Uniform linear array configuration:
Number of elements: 64
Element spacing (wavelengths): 0.75
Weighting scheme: hann
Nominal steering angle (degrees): -30
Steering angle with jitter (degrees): -31.676
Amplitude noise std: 0.05
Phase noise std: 0.05

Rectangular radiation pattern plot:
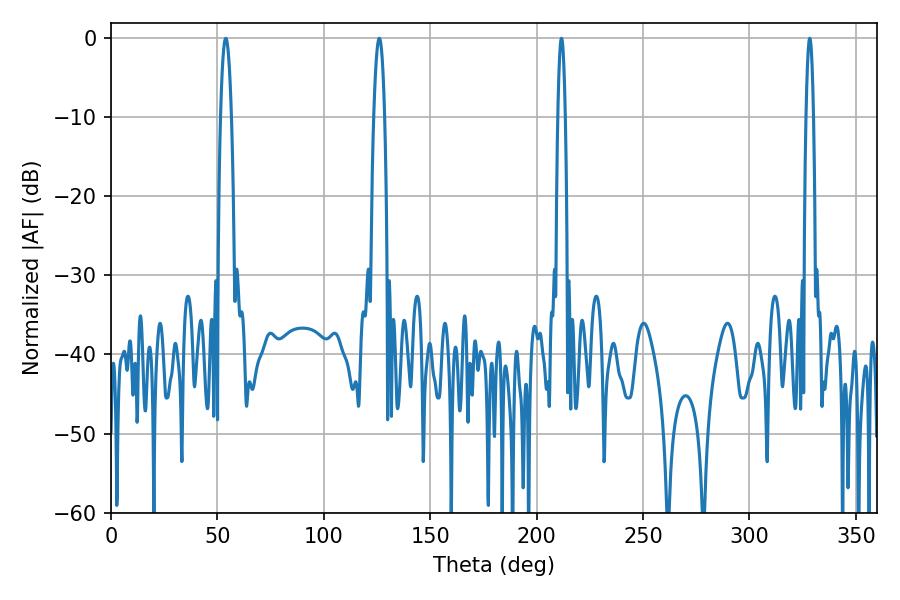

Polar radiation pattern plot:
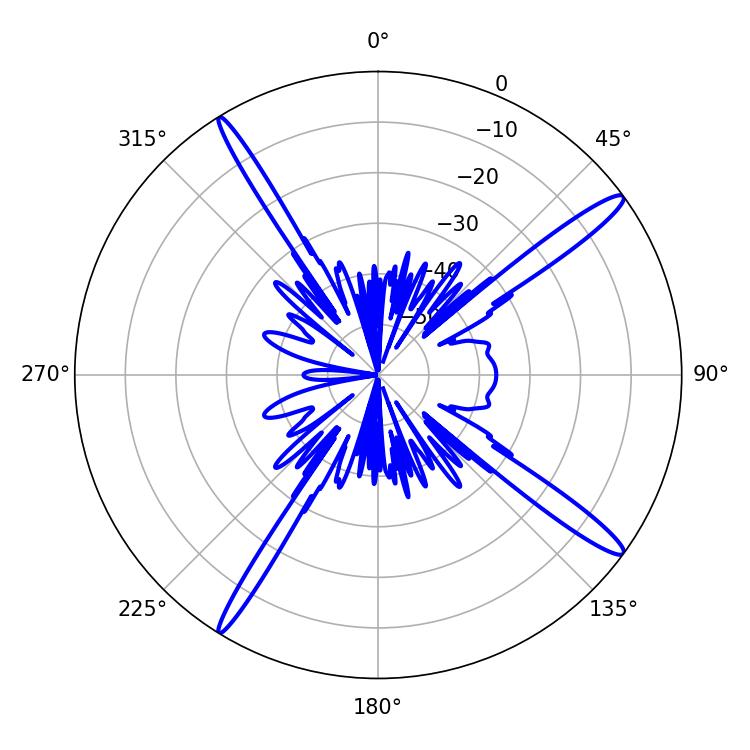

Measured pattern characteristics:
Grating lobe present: TRUE
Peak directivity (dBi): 16.202
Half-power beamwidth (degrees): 1.8
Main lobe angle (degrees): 328.32